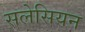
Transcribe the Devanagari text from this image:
सलेसियन